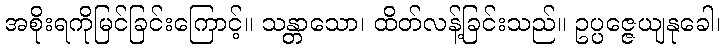
အစိုးရကိုမြင်ခြင်းကြောင့်။ သန္တာသော၊ ထိတ်လန့်ခြင်းသည်။ ဥပ္ပဇ္ဇေယျနုခေါ၊